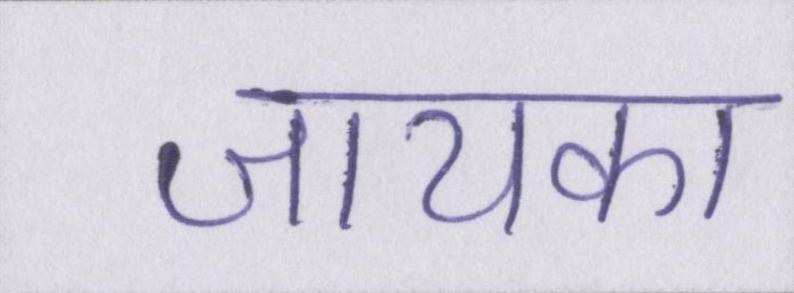
जायका